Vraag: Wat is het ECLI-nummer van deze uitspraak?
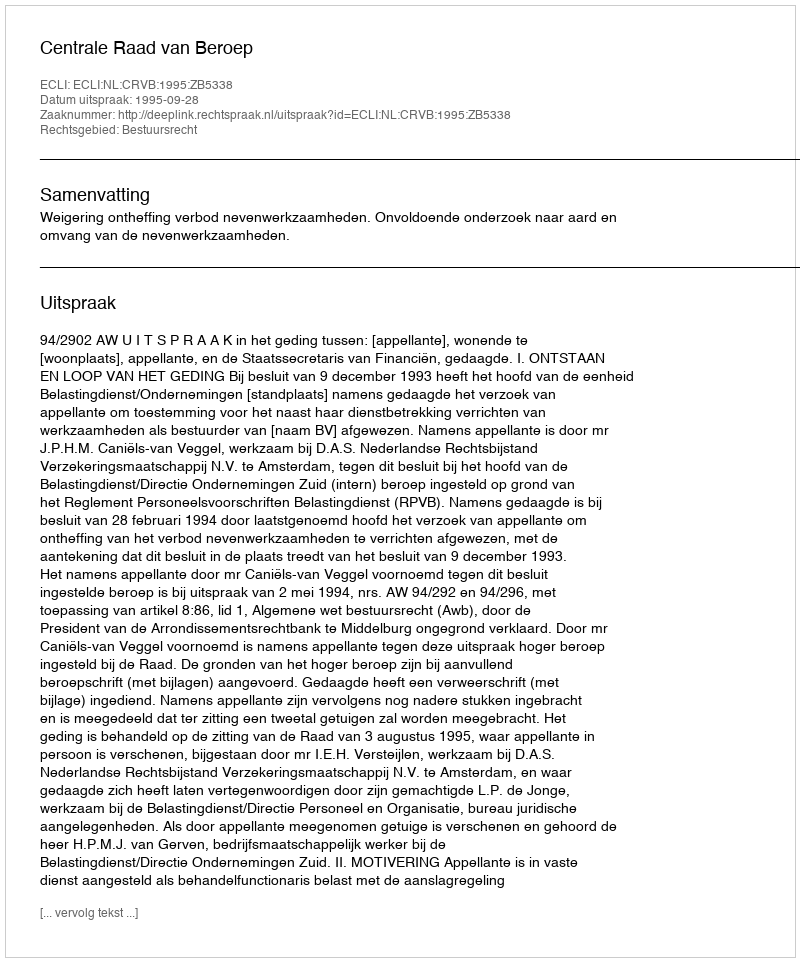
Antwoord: ECLI:NL:CRVB:1995:ZB5338